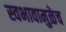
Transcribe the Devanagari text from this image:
स्वभावामुळेच